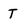
Character: T